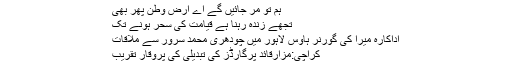
ہم تو مر جائیں گے اے ارض وطن پھر بھی
تجھے زندہ رہنا ہے قیامت کی سحر ہونے تک
اداکارہ میرا کی گورنر ہاوس لاہور میں چودھری محمد سرور سے ملاقات
کراچی:مزارقائد پرگارڈز کی تبدیلی کی پروقار تقریب